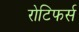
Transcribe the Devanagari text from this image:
रोटिफर्स